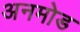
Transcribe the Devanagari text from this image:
अनमोड